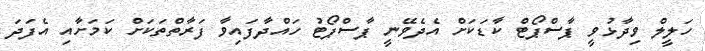
ހަލީލް ވިދާޅުވީ ޕާސްޕޯޓް ކާޑަކަށް އެދެވޭނީ ޕާސްޕޯޓު ހައްދާފައިވާ ފަރާތްތަކަށް ކަމަށާއި އެފަދަ